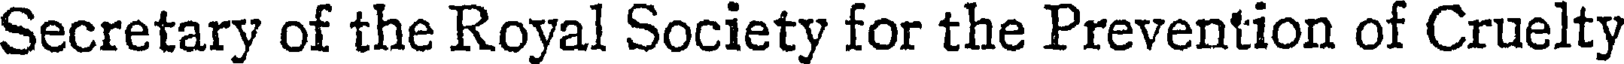
Secretary of the Royal Society for the Prevention of Cruelty